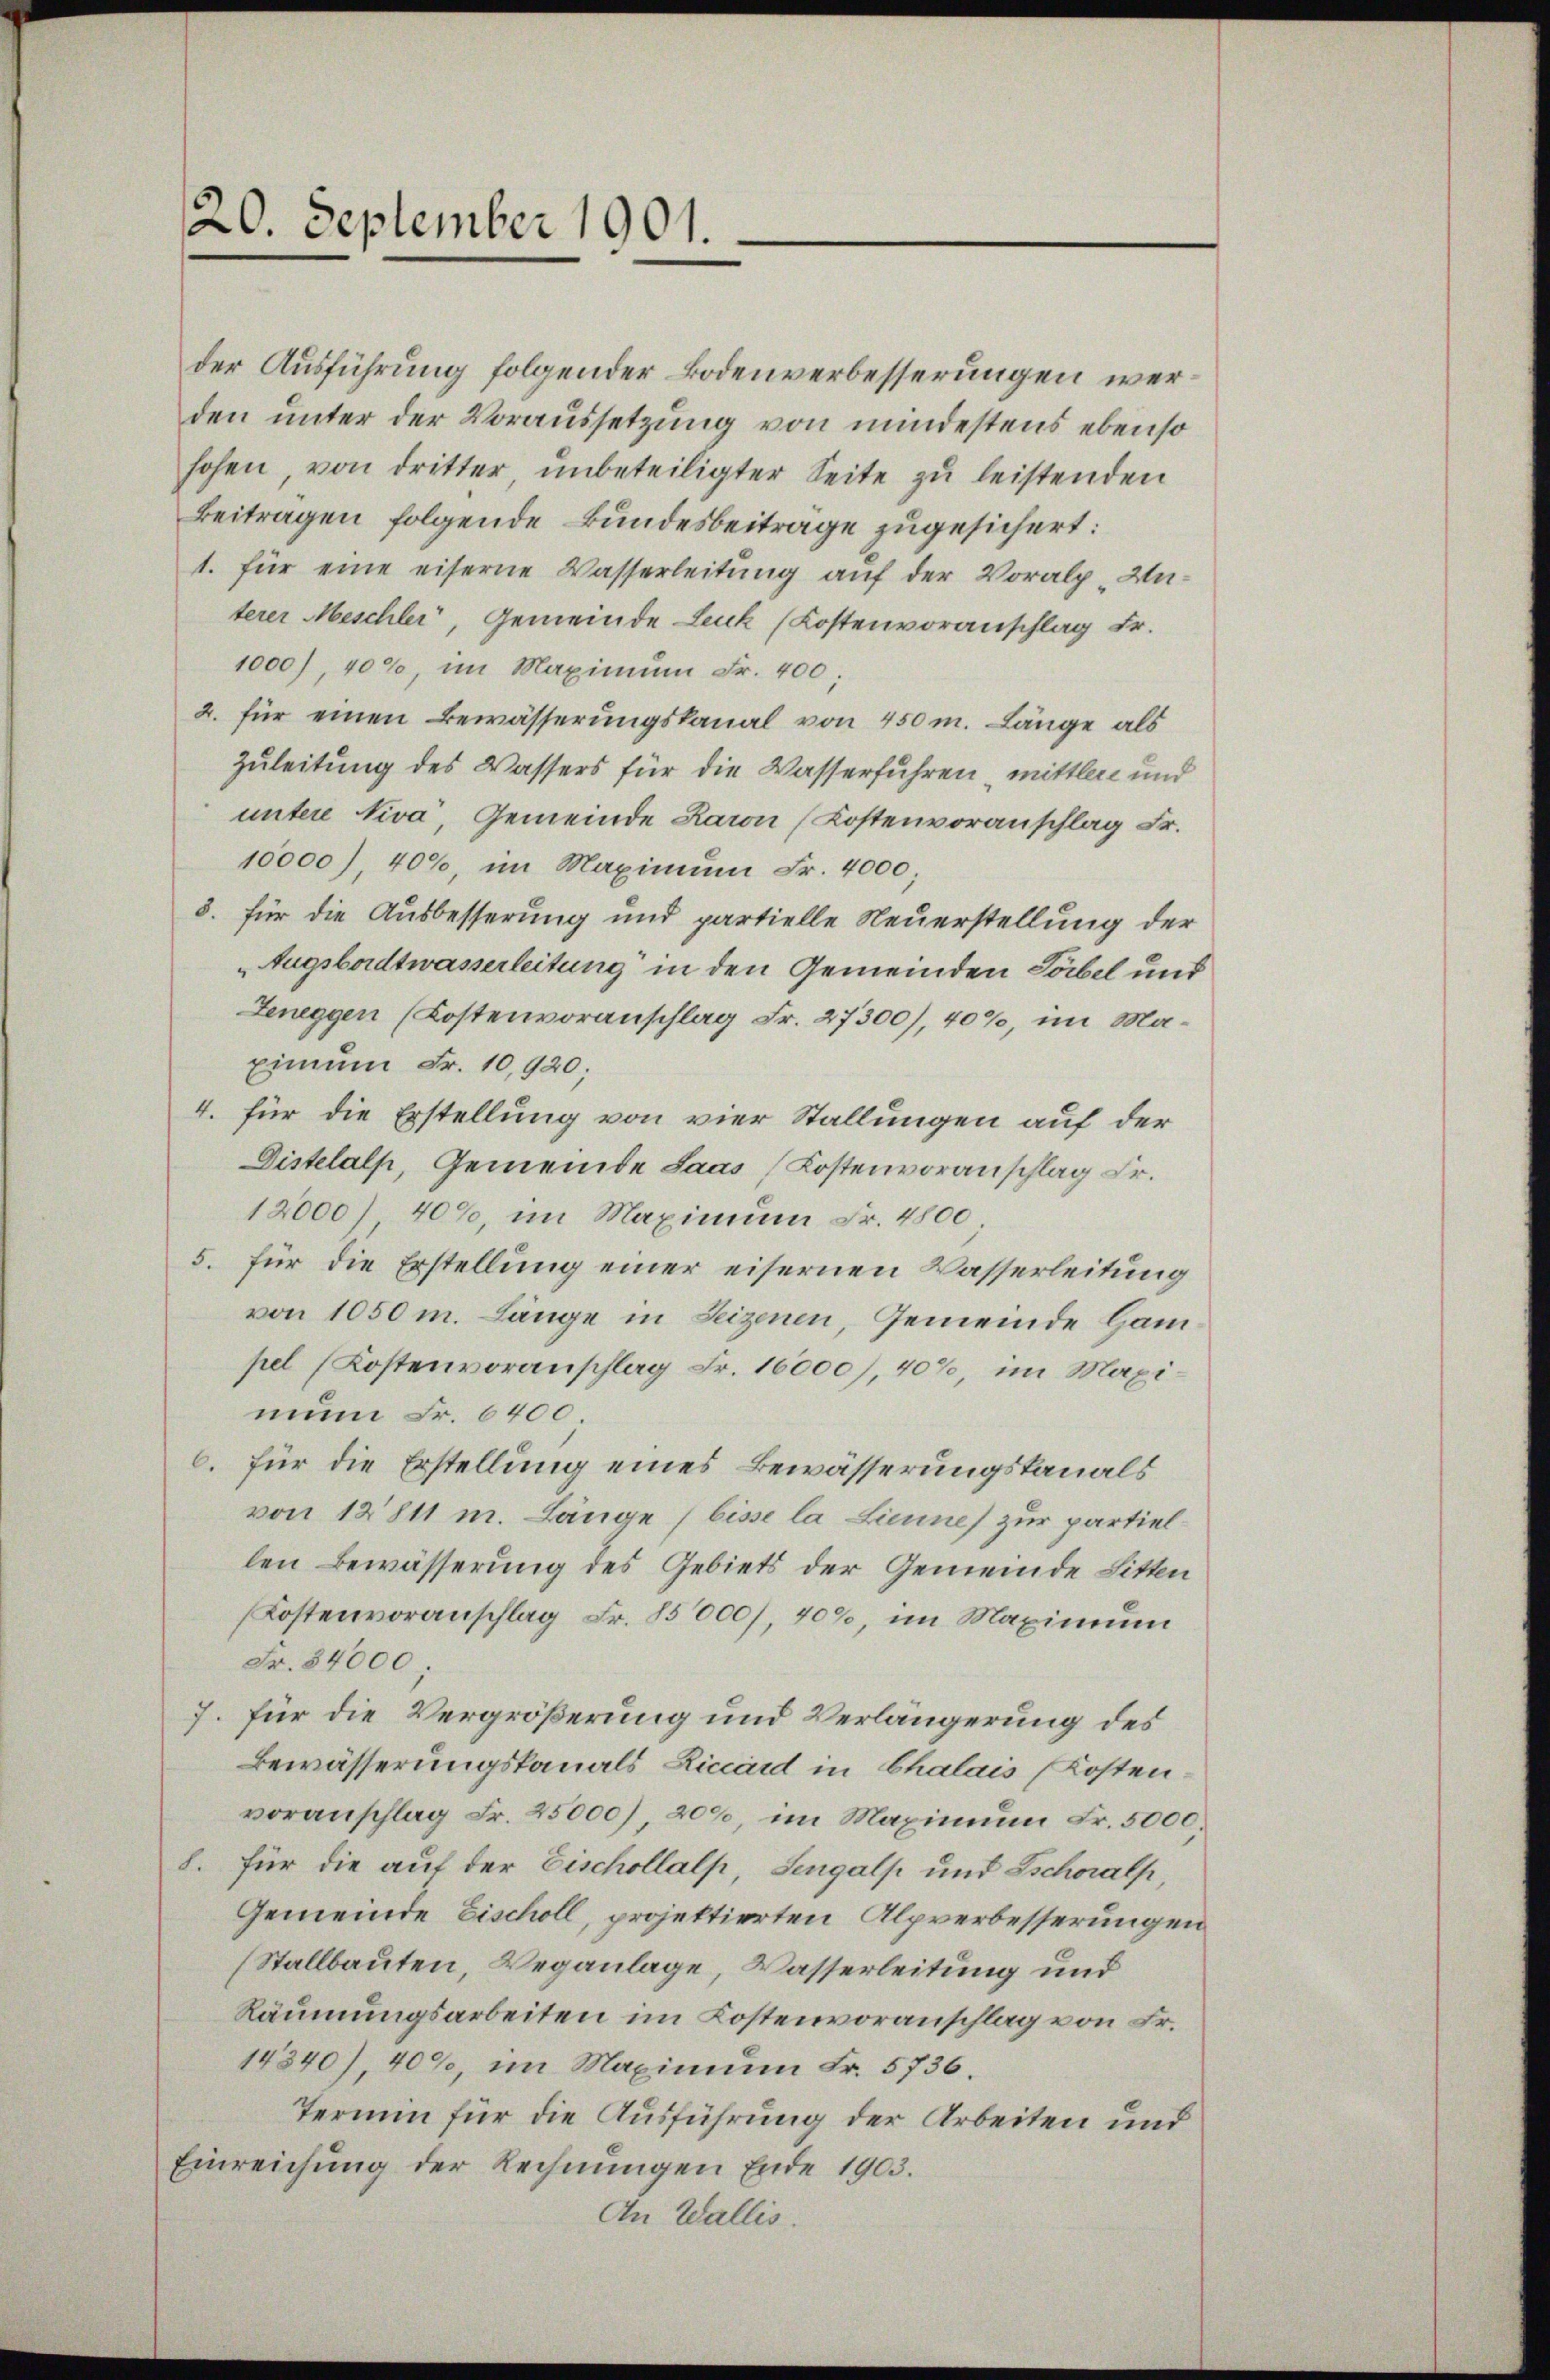
der Ausführung folgender Bodenverbesserungen werden unter der Voraussetzung von mindestens ebenso
hohen, von dritter unbeteiligter Seite zu leistenden
Beitragen folgende Bundesbeiträge zugesichert:
1. für eine eiserne Wasserleitung auf der Voralp Unterer Meschler, Gemeinde Leuk (Kostenvoranschlag Fr.
1000), 40%, im Maximum Fr. 400;
2. für einen Bewässerungskanal von 450 m. Länge als
Zuleitung des Wassers für die Wasserfuhren, mittler und
untere Niva, Gemeinde Karon (Kostenvoranschlag Fr.
10000), 40%, im Maximum Fr. 4000;
8. für die Ausbesserung und partielle Neuerstellung der
Augsbordtwasserleitung in den Gemeinden Töbel und
Zeneggen (Kostenvoranschlag Fr. 27300), 40%, im Maximum Fr. 10,920;
4. für die Erstellung von vier Stallungen auf der
Distelalp, Gemeinde Saas (Kostenvoranschlag Fr.
12000) 40%, im Maximum Fr. 4800.
5. für die Erstellung einer eisernen Wasserleitung
von 1050 m. Länge in Seizenen, Gemeinde Ham
pel (Kostenvoranschlag Fr. 16000), 40%, im Maximun Fr. 6400
6. für die Erstellung eines Bewässerungskanals
von 12811 m. Länge (bisse la Lieune) zur partiellen Bewässerung des Gebiets der Gemeinde Litten
Kostenvoranschlag Fr. 85000/, 408, im Maximum
Fr. 84000.
J. für die Vergrößerung und Verlängerung des
Bewässerungskanals Riccard in Chalais (Kostenvoranschlag Fr. 25000), 200, im Maximum Fr. 5000.
8. für die auf der Eischollalp, Sengalp und schoralp,
Gemeinde Eischoll, projektierten Alpverbesserungen
(Stallbauten Weganlage, Wasserleitung und
Räumungsarbeiten im Kostenvoranschlag von Fr.
14340), 409, im Maximum Fr. 5736.
Termin für die Ausführung der Arbeiten und
Einreichung der Rechnungen Ende 1903.
An Wallis.

20. September 1901.